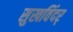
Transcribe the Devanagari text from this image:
सुखविंदर्